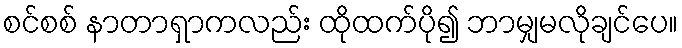
စင်စစ် နာတာရှာကလည်း ထိုထက်ပို၍ ဘာမျှမလိုချင်ပေ။